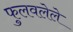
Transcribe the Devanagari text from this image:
फुलवलेले